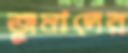
জুমাদের